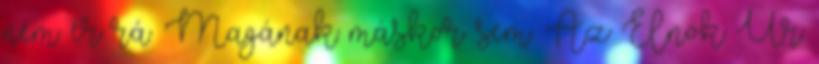
nem ér rá. Magának máskor sem. Az Elnök Úr